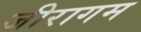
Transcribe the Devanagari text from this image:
जीरागम